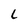
Character: L